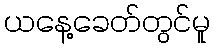
ယနေ့ခေတ်တွင်မူ